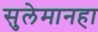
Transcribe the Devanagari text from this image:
सुलेमानहा